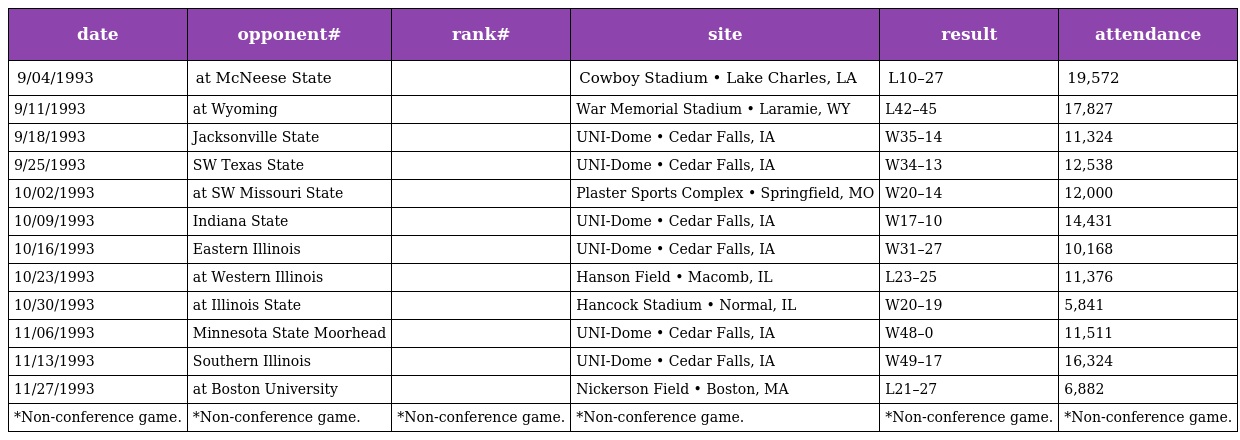
| date | opponent# | rank# | site | result | attendance |
 | --- | --- | --- | --- | --- | --- |
 | 9/04/1993 | at McNeese State |  | Cowboy Stadium • Lake Charles, LA | L10–27 | 19,572 |
 | 9/11/1993 | at Wyoming |  | War Memorial Stadium • Laramie, WY | L42–45 | 17,827 |
 | 9/18/1993 | Jacksonville State |  | UNI-Dome • Cedar Falls, IA | W35–14 | 11,324 |
 | 9/25/1993 | SW Texas State |  | UNI-Dome • Cedar Falls, IA | W34–13 | 12,538 |
 | 10/02/1993 | at SW Missouri State |  | Plaster Sports Complex • Springfield, MO | W20–14 | 12,000 |
 | 10/09/1993 | Indiana State |  | UNI-Dome • Cedar Falls, IA | W17–10 | 14,431 |
 | 10/16/1993 | Eastern Illinois |  | UNI-Dome • Cedar Falls, IA | W31–27 | 10,168 |
 | 10/23/1993 | at Western Illinois |  | Hanson Field • Macomb, IL | L23–25 | 11,376 |
 | 10/30/1993 | at Illinois State |  | Hancock Stadium • Normal, IL | W20–19 | 5,841 |
 | 11/06/1993 | Minnesota State Moorhead |  | UNI-Dome • Cedar Falls, IA | W48–0 | 11,511 |
 | 11/13/1993 | Southern Illinois |  | UNI-Dome • Cedar Falls, IA | W49–17 | 16,324 |
 | 11/27/1993 | at Boston University |  | Nickerson Field • Boston, MA | L21–27 | 6,882 |
 | *Non-conference game. | *Non-conference game. | *Non-conference game. | *Non-conference game. | *Non-conference game. | *Non-conference game. |